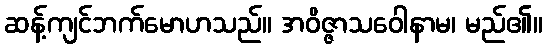
ဆန့်ကျင်ဘက်မောဟသည်။ အဝိဇ္ဇာသဝေါနာမ၊ မည်၏။